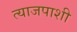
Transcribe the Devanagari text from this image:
त्याजपाशी